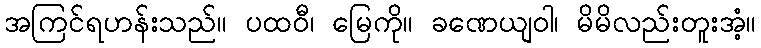
အကြင်ရဟန်းသည်။ ပထဝီ၊ မြေကို။ ခဏေယျဝါ၊ မိမိလည်းတူးအံ့။